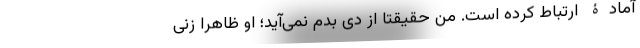
آمادۀ ارتباط کرده است. من حقیقتاً از دِی بدم نمی‌آید؛ او ظاهراً زنی